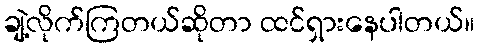
ချဲ့လိုက်ကြတယ်ဆိုတာ ထင်ရှားနေပါတယ်။